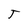
Character: T